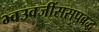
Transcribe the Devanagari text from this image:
भ्वउवजींससपबद्ध